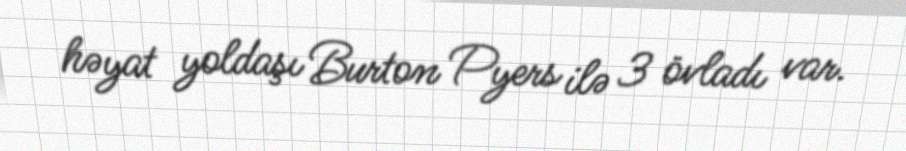
həyat yoldaşı Burton Pyers ilə 3 övladı var.